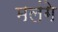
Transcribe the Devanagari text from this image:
मलंगे